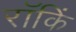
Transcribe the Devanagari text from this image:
रॉकिं